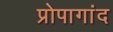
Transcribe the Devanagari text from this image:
प्रोपागांद